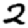
Digit: 2